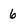
Character: 6